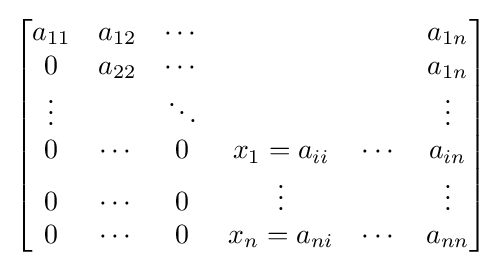
{\begin{bmatrix}a_{11}&a_{12}&\cdots &&&a_{1n}\\0&a_{22}&\cdots &&&a_{1n}\\\vdots &&\ddots &&&\vdots \\0&\cdots &0&x_{1}=a_{ii}&\cdots &a_{in}\\0&\cdots &0&\vdots &&\vdots \\0&\cdots &0&x_{n}=a_{ni}&\cdots &a_{nn}\end{bmatrix}}